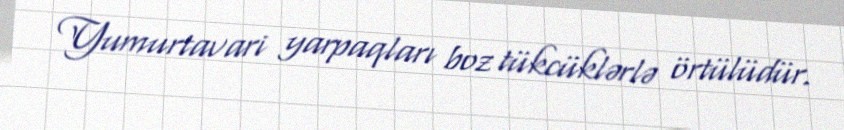
Yumurtavari yarpaqları boz tükcüklərlə örtülüdür.